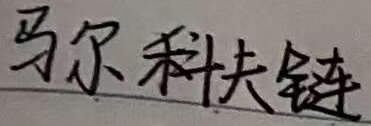
马尔科夫链